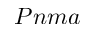
P n m a